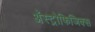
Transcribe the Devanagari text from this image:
अॅस्ट्रोफिजिक्स